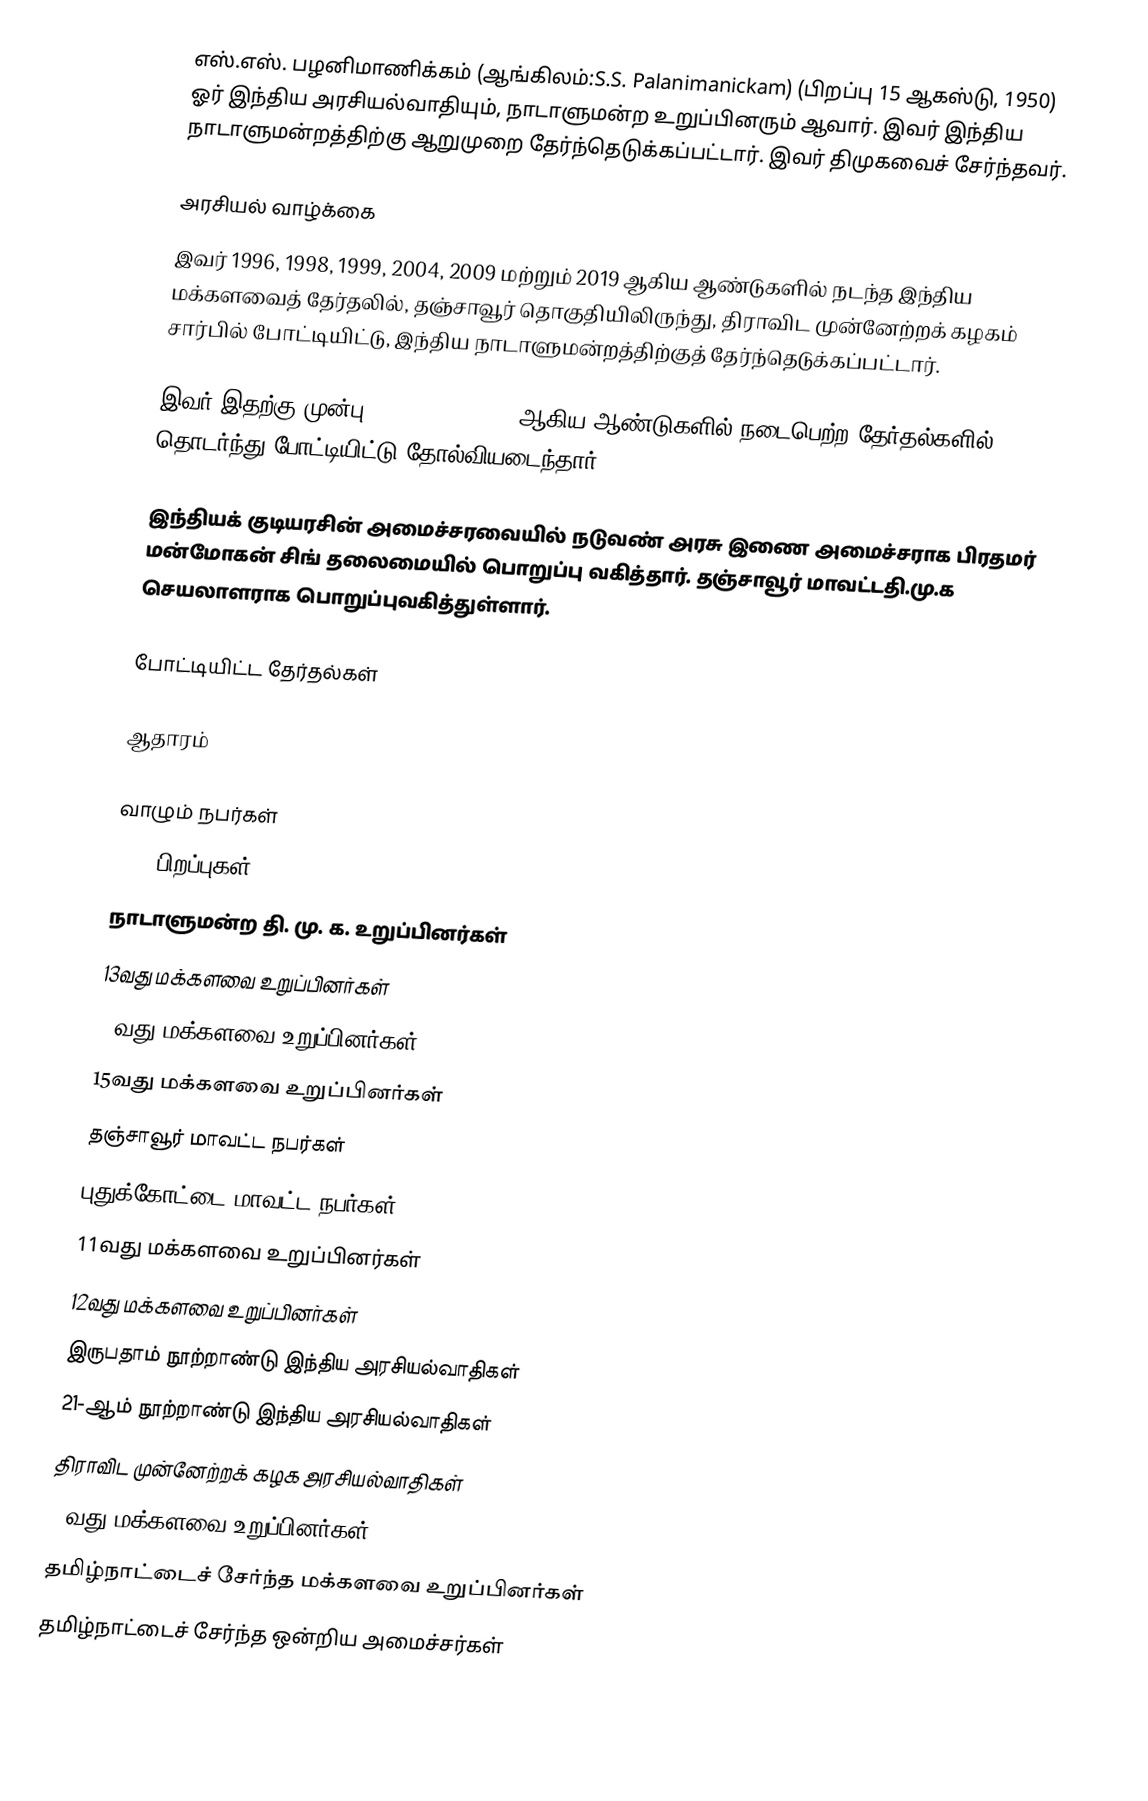
எஸ்.எஸ். பழனிமாணிக்கம் (ஆங்கிலம்:S.S. Palanimanickam) (பிறப்பு 15 ஆகஸ்டு, 1950) ஓர் இந்திய அரசியல்வாதியும், நாடாளுமன்ற உறுப்பினரும் ஆவார். இவர் இந்திய நாடாளுமன்றத்திற்கு ஆறுமுறை தேர்ந்தெடுக்கப்பட்டார். இவர் திமுகவைச் சேர்ந்தவர்.

அரசியல் வாழ்க்கை
இவர் 1996, 1998, 1999, 2004, 2009 மற்றும் 2019 ஆகிய ஆண்டுகளில் நடந்த இந்திய மக்களவைத் தேர்தலில், தஞ்சாவூர் தொகுதியிலிருந்து, திராவிட முன்னேற்றக் கழகம் சார்பில் போட்டியிட்டு, இந்திய நாடாளுமன்றத்திற்குத் தேர்ந்தெடுக்கப்பட்டார்.

இவர் இதற்கு முன்பு 1984, 1889, 1991 ஆகிய ஆண்டுகளில் நடைபெற்ற தேர்தல்களில் தொடர்ந்து போட்டியிட்டு தோல்வியடைந்தார்.

இந்தியக் குடியரசின் அமைச்சரவையில் நடுவண் அரசு இணை அமைச்சராக பிரதமர் மன்மோகன் சிங் தலைமையில் பொறுப்பு வகித்தார். தஞ்சாவூர் மாவட்டதி.மு.க செயலாளராக பொறுப்புவகித்துள்ளார்.

போட்டியிட்ட தேர்தல்கள்

ஆதாரம்

வாழும் நபர்கள்
1950 பிறப்புகள்
நாடாளுமன்ற தி. மு. க. உறுப்பினர்கள்
13வது மக்களவை உறுப்பினர்கள்
14வது மக்களவை உறுப்பினர்கள்
15வது மக்களவை உறுப்பினர்கள்
தஞ்சாவூர் மாவட்ட நபர்கள்
புதுக்கோட்டை மாவட்ட நபர்கள்
11வது மக்களவை உறுப்பினர்கள்
12வது மக்களவை உறுப்பினர்கள்
இருபதாம் நூற்றாண்டு இந்திய அரசியல்வாதிகள்
21-ஆம் நூற்றாண்டு இந்திய அரசியல்வாதிகள்
திராவிட முன்னேற்றக் கழக அரசியல்வாதிகள்
17வது மக்களவை உறுப்பினர்கள்
தமிழ்நாட்டைச் சேர்ந்த மக்களவை உறுப்பினர்கள்
தமிழ்நாட்டைச் சேர்ந்த ஒன்றிய அமைச்சர்கள்